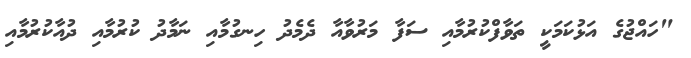
"ހައްޖުގެ އަޅުކަމަކީ ތަވާފްކުރުމާއި ސަފާ މަރުވާއާ ދެމެދު ހިނގުމާއި ނަމާދު ކުރުމާއި ދުއާކުރުމާއި